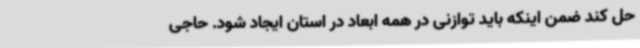
حل کند ضمن اینکه باید توازنی در همه ابعاد در استان ایجاد شود. حاجی